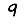
Digit: 9